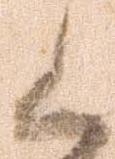
候